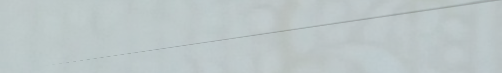
بيع وشراء قطع غيار السيار